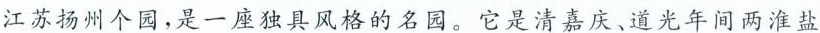
江苏扬州个园，是一座独具风格的名园。它是清嘉庆、道光年间两淮盐